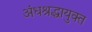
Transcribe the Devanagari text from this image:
अंधश्रद्धायुक्त